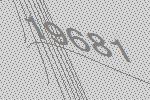
19681